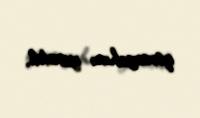
qərargahını yaratdı.